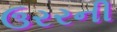
ઉરરની